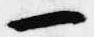
一